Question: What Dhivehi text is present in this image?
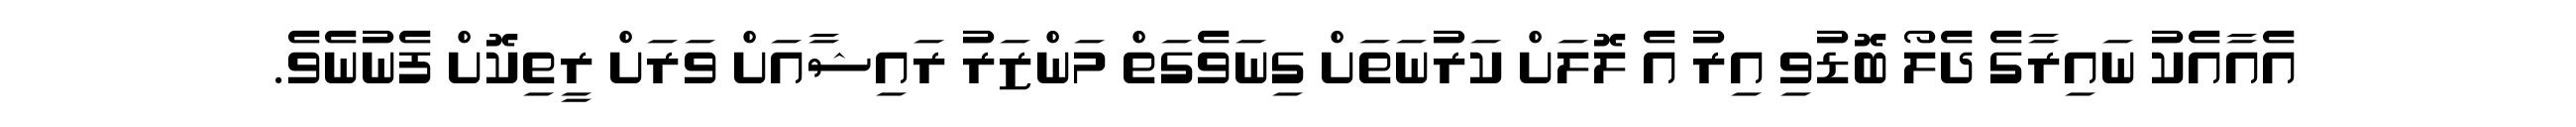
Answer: އެއާއެކު ނައިރާގެ ދެލޯ ބޮޑުވި އިރު އެ ލޮލަށް ކަރުނަތަށް ގިނަވެގަތް މަންޒަރު ރައިޝާއަށް ވަރަށް ރީތިކޮށް ފެނުނެވެ.